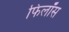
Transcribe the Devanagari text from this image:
फिलॉस